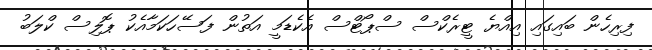
ފިރިހެން ބައިގައި އިއްޔެ ޓީރެކްސް ސްޕޯޓްސް އެކެޑަމީ އަތުން ފަސޭހަކަމާއެކު ޕޮލިސް ކްލަބު